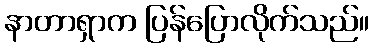
နာတာရှာက ပြန်ပြောလိုက်သည်။